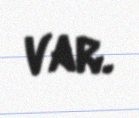
var.